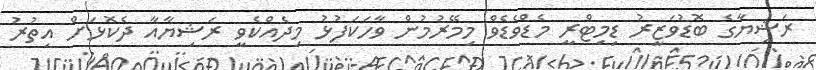
ރަޝިޔާގެ ބޮޑުވަޒީރު ޑިމިޓްރީ މެޑްވެޑެވް މިމޭރުމުން ވާހަކަފުޅު މިދެއްކެވީ ރަޝިޔާއާ ދެކޮޅަށް އިތުރު